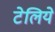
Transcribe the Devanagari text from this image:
टेलिये